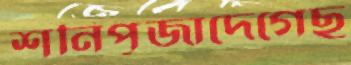
শনিপূজাদেগেছ